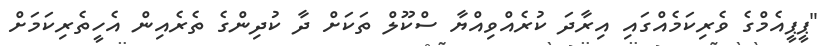
"ޕީޕީއެމްގެ ވެރިކަމެއްގައި އިރާދަ ކުރެއްވިއްޔާ ސްކޫލް ތަކަށް ދާ ކުދިންގެ ތެރެއިން އެހީތެރިކަމަށް